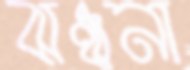
ঝঞ্ঝনা